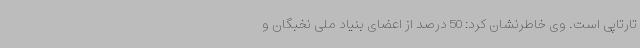
تارتاپی است. وی خاطرنشان کرد: 50 درصد از اعضای بنیاد ملی نخبگان و